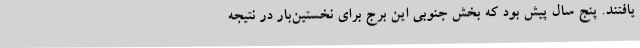
‌یافتند. پنج سال پیش بود که بخش جنوبی این برج برای نخستین‌بار در نتیجه